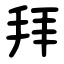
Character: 拜